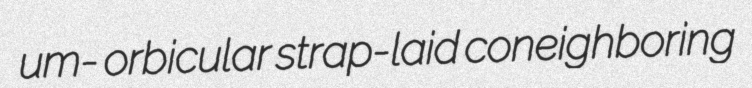
um- orbicular strap-laid coneighboring